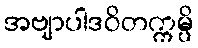
အဗျာပါဒဝိတက္ကမ္ပိ